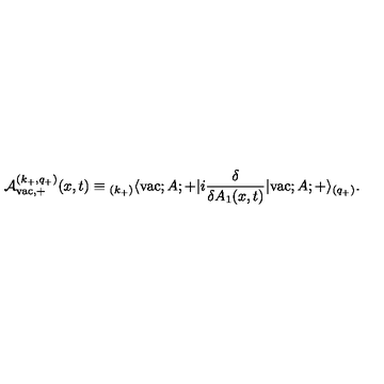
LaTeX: { \cal A } _ { \mathrm { v a c } , + } ^ { ( k _ { + } , q _ { + } ) } ( x , t ) \equiv { _ { ( k _ { + } ) } \langle } \mathrm { v a c } ; A ; + | i \frac { \delta } { \delta A _ { 1 } ( x , t ) } | \mathrm { v a c } ; A ; + \rangle _ { ( q _ { + } ) } .